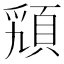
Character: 𩒟